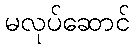
မလုပ်ဆောင်